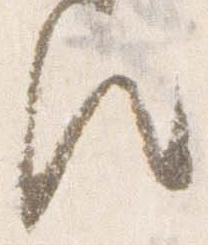
歟